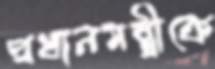
প্রধানমন্ত্রীকে